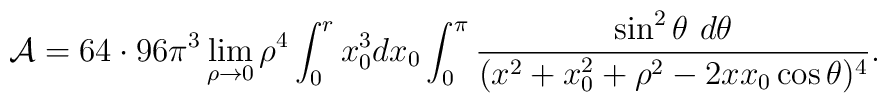
{\cal A}=64\cdot 96 \pi^3\lim_{\rho\rightarrow 0}\rho^4\int_0^rx_0^3dx_0\int_0^\pi{\sin^2\theta\,\, d\theta\over(x^2+x_0^2+\rho^2-2 x x_0\cos \theta )^4}.